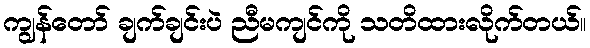
ကျွန်တော် ချက်ချင်းပဲ ညီမကျင်ကို သတိထားလိုက်တယ်။